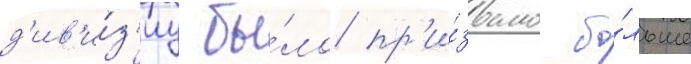
д'ив'и́з'иу бы́ло пр'и́звано бо́льше